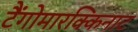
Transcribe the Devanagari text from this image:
टैंगोमारक्किनाट